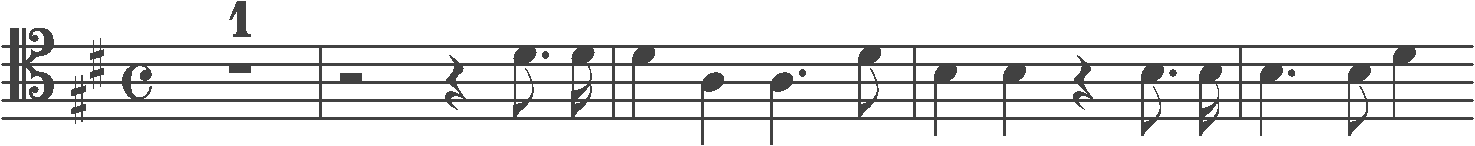
Transcription: clef-C4 keySignature-DM timeSignature-C multirest-1 barline rest-half rest-quarter note-D4_eighth. note-D4_sixteenth barline note-D4_quarter note-A3_quarter note-A3_quarter. note-D4_eighth barline note-B3_quarter note-B3_quarter rest-quarter note-B3_eighth. note-B3_sixteenth barline note-B3_quarter. note-B3_eighth note-D4_quarter